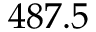
4 8 7 . 5